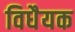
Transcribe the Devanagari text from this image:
विधैयक